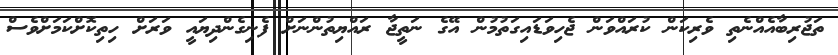
ތަޖުރިބާއެއްނެތި ވެރިކަން ކުރައްވަން ޖެހިވަޑައިގަތުމުން އޭގެ ނަތީޖާ ރައްޔިތުންނަށް ފެނިގެންދިޔައީ ވަރަށް ހިތިކޮށްކަމަށްވެސް